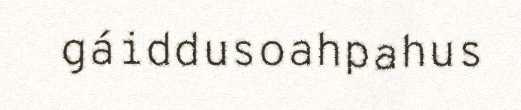
gáiddusoahpahus